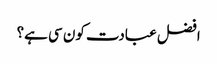
افضل عبادت کون سی ہے؟